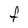
Character: F